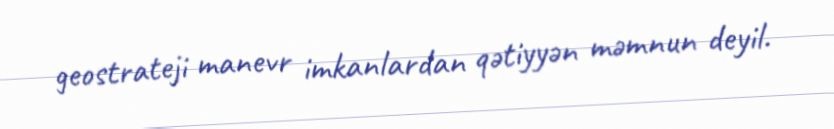
geostrateji manevr imkanlardan qətiyyən məmnun deyil.